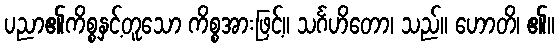
ပညာ၏ကိစ္စနှင့်တူသော ကိစ္စအားဖြင့်။ သင်္ဂဟိတော၊ သည်။ ဟောတိ၊ ၏။